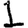
Digit: 1